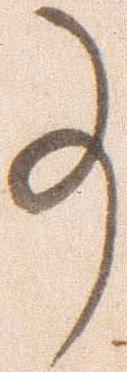
事